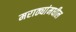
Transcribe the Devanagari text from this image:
मराठ्यांमधील